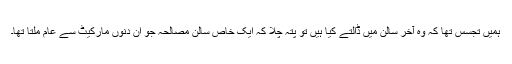
ہمیں تجسس تھا کہ وہ آخر سالن میں ڈالتے کیا ہیں تو پتہ چلا کہ ایک خاص سالن مصالحہ جو ان دنوں مارکیٹ سے عام ملتا تھا۔